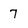
Character: 7